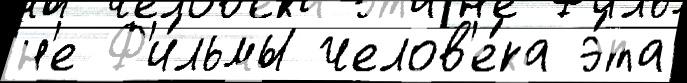
н'е Ф'и́льмы челов'е́ка э́та